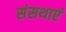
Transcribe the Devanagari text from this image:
संसथाएं